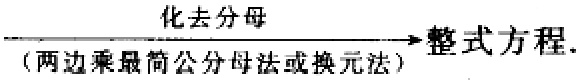
化去分母（两边乘最简公分母法或换元法）$\rightarrow$整式方程.